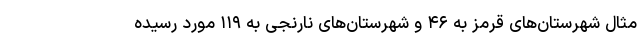
مثال شهرستان‌های قرمز به ۴۶ و شهرستان‌های نارنجی به ۱۱۹ مورد رسیده